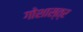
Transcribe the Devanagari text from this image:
गोशास्त्र